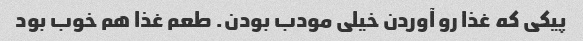
پیکی که غذا رو آوردن خیلی مودب بودن. طعم غذا هم خوب بود